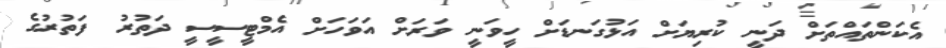
އެކަންތައްތަށް ދަނީ ކުރިޔަށް އަޅުގަނޑަށް ހީވަނީ ވަރަށް އަވަހަށް އެމްޓީސީސީ ދަތުރު ފަތުރުގެ